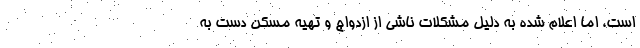
است، اما اعلام شده به دلیل مشکلات ناشی از ازدواج و تهیه مسکن دست به